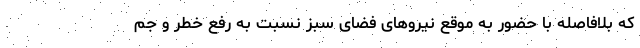
که بلافاصله با حضور به موقع نیروهای فضای سبز نسبت به رفع خطر و جم